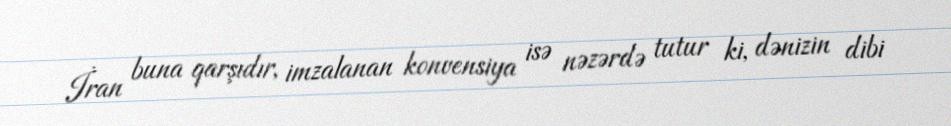
İran buna qarşıdır, imzalanan konvensiya isə nəzərdə tutur ki, dənizin dibi